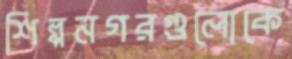
শিল্পনগরগুলোকে